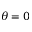
\theta = 0